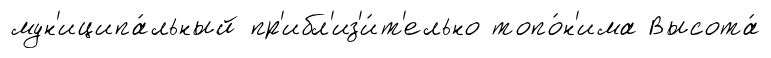
мун'иципа́льный пр'ибл'из'и́т'ельно топо́н'има Высота́